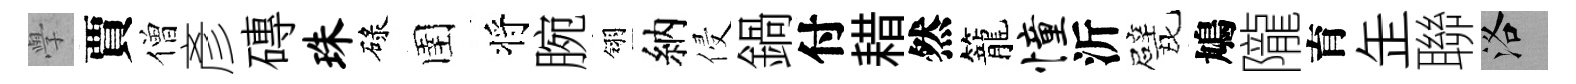
𭓕賈僧彥磚珠碌圉将腕翎納侵鍋付耤然籠憧沂戏鳩隴育𦈢聯洛